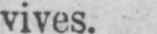
vives.